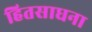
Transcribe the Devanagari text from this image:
हितसाधना